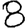
Digit: 8